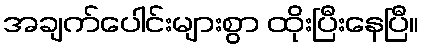
အချက်ပေါင်းများစွာ ထိုးပြီးနေပြီ။